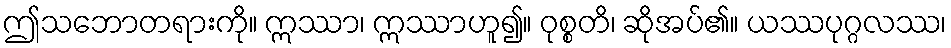
ဤသဘောတရားကို။ ဣဿာ၊ ဣဿာဟူ၍။ ဝုစ္စတိ၊ ဆိုအပ်၏။ ယဿပုဂ္ဂလဿ၊